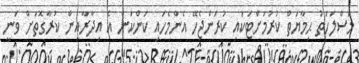
މަސްލަހަތު ޙިމާޔަތް ކުރުމަށްޓަކައި ކުރަންޖެހޭ އެންމެހައި ކަންކަން އެ އިދާރާއިން ކުރާގޮތަށް ވަނީ